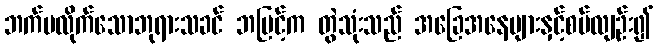
ဘက်မလိုက်သောဘုရားသခင် ဘမြင့်က တွဲသုံးသည် အခြေအနေများနှင့်စပ်လျဉ်း၍